Lunatic asylums Bombay report 1891-1903 - 1891-1903
Year: 1891
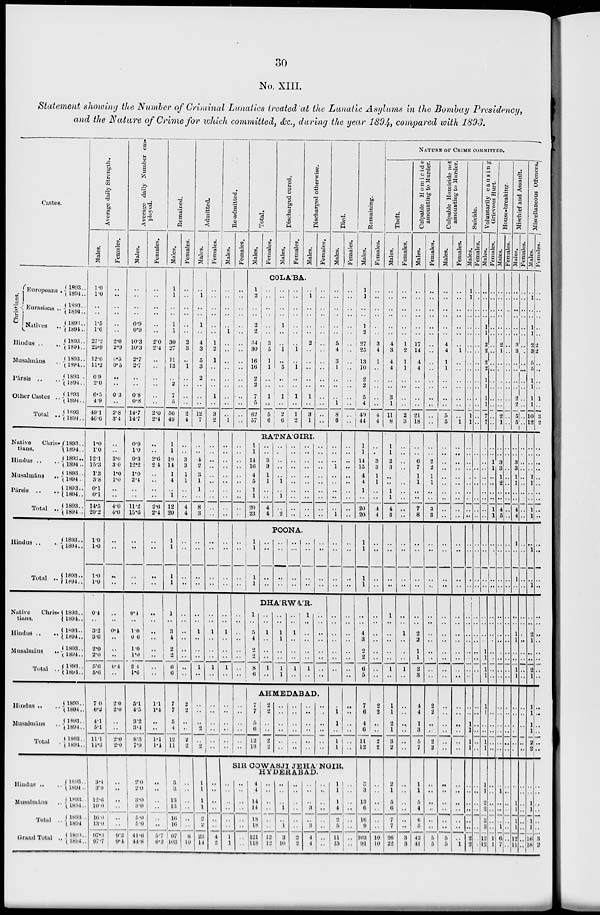
30
No. XIII.
Statement showing the Number of Criminal Lunatics treated at the Lunatic Asylums in the Bombay Presidency,
and the Nature of Crime for which committed, &c., during the year 1894, compared with 1893.
Castes.
Christians.
Europeans .
Eurasians ..
Natives
..
Hindus ..
..
Musalmáns ..
Pársis .. ..
Other Castes ..
Total ..
Native
Chris-
tians.
Hindus .. ..
Musalmáns
..
Pársis .. ..
Total
..
Hindus .. ..
Total ..
Native
Chris-
tians.
Hindus ..
..
Musalmáns
..
Total ..
Hindus .. ..
Musalmáns ..
Total ..
Hindus .. ..
Musalmáns ..
Total ..
Grand Total ..
1893..
1894..
1893..
1894..
1893..
1894..
1893..
1894..
1893..
1894..
1893..
1894..
1893
1894..
1893
1894..
1893..
1894..
1893..
1894 ..
1893..
1894 ..
1893..
1894..
1893..
1894 ..
1893..
1894 ..
1893 ..
1894 ..
1893 ..
1894 ..
1893 ..
1894 ..
1893..
1894..
1893 ..
1894..
1893..
1894..
1893..
1894..
1893..
1894..
1893..
1894 ..
1893 ..
1894 ..
1893 ..
1894 ..
1893 ..
1894 ..
Average daily Strength.
Males.
1.0
1.0
..
..
1.5
1.6
27.2
25.9
12.0
11.2
0.9
2.0
6.5
4.9
49.1
46.6
1.0
1.0
12.1
15.3
1.3
3.8
0.1
0.1
14.5
20.2
1.0
1.0
1.0
1.0
0.4
..
3.2
3.6
2.0
2.0
5.6
5.6
7.0
6.2
4.1
5.l
11.1
11.3
3.4
3.0
12.6
10.0
16.0
13.0
97.3
97.7
Females.
..
..
..
..
..
..
2.0
2.9
6.5
0.5
..
..
0.3
..
2.8
3.4
..
..
3.0
3.0
1.0
1.0
..
..
4.0
4.0
..
..
..
..
..
..
0.4
..
..
..
0.4
..
2.0
2.0
..
..
2.0
2.0
..
..
..
..
..
..
9.2
9.4
Average daily Number em-
ployed.
Males.
..
..
..
..
0.9
0.9
10.3
10.3
2.7
2.7
..
..
0.8
0.8
14.7
14.7
0.9
1.0
9.3
12.2
1.0
2.4
..
..
11.2
15.6
..
..
..
..
0.4
..
1.0
0.6
10
1.0
2 4
1.6
5.1
4.5
3.2
3.4
8.3
7.9
2.0
2.0
3.6
3.0
5.0
5.0
41.4
44.8
Females.
..
..
..
..
..
..
2.0
2.4
..
..
..
..
..
..
2.0
2.4
..
..
2.6
2.4
..
..
..
..
2.0
2.4
..
..
..
..
..
..
..
..
..
..
..
..
1.1
1.4
..
..
1.1
1.4
..
..
..
..
..
..
5.7
6.2
Remained.
Males.
1
1
..
..
1
1
30
27
11
13
..
2
7
5
50
49
1
1
10
14
1
4
..
1
12
20
1
1
1
1
1
..
3
4
2
2
6
6
7
7
5
4
12
11
3
3
13
13
16
16
97
103
Females.
..
..
..
..
..
..
2
3
..
1
..
..
..
..
2
4
..
..
3
3
1
1
..
..
4
4
..
..
..
..
..
..
..
..
..
..
..
..
2
2
..
..
2
2
..
..
..
..
..
..
8
10
Admitted.
Males.
..
1
..
..
1
..
4
3
5
3
2
..
..
..
12
7
..
..
4
2
3
1
1
..
8
3
..
..
..
..
..
..
1
..
..
..
1
..
..
..
..
2
..
2
1
1
1
1
2
2
23
14
Females.
..
..
..
..
..
..
1
2
1
..
..
..
1
..
3
2
..
..
..
..
..
..
..
..
..
..
..
..
..
..
..
..
1
..
..
..
1
..
..
..
..
..
..
..
..
..
..
..
..
..
4
14
Re-admitted.
Males.
..
..
..
..
..
1
..
..
..
..
..
..
..
..
..
1
..
..
..
..
..
..
..
..
..
..
..
..
..
..
..
..
1
..
..
..
1
..
..
..
..
..
..
..
Females.
..
..
..
..
..
..
..
..
..
..
..
..
..
..
..
..
..
..
..
..
..
..
..
..
..
..
..
..
..
..
..
..
..
..
..
..
..
..
..
..
..
..
..
..
Total.
Males.
Females.
Discharged cured.
Males.
Females.
Discharged otherwise.
Males.
Females.
COLA'BA.
1
2
..
..
2
2
34
30
16
16
2
2
7
5
62
57
..
..
..
..
..
..
3
5
1
1
..
..
1
..
5
6
..
..
..
..
1
..
..
1
..
5
..
..
1
..
2
6
..
..
..
..
..
..
..
1
..
1
..
..
1
..
1
2
..
1
..
..
..
..
2
..
..
..
..
..
1
..
3
1
..
..
..
..
..
..
..
..
..
..
..
..
..
..
..
..
RATNA'GIRI.
1
1
14
16
4
5
1
1
20
23
..
..
3
3
1
1
..
..
4
4
..
..
..
..
..
1
..
1
..
2
..
..
..
..
..
..
..
..
..
..
..
..
..
..
..
..
..
..
..
..
..
..
..
..
..
..
..
..
..
..
POONA.
1
1
1
1
..
..
..
..
..
..
..
..
..
..
..
..
..
..
..
..
..
..
..
..
DHA'RWA'R.
1
..
5
4
2
2
8
6
..
..
1
..
..
..
1
..
..
..
1
1
..
..
1
1
..
..
1
..
..
..
1
..
1
..
..
..
..
..
1
..
..
..
..
..
..
..
..
..
AHMEDABAD.
7
7
5
6
12
13
2
2
..
..
2
2
..
..
..
..
..
..
..
..
..
..
..
..
..
..
..
..
..
..
..
..
..
..
..
..
Died.
Males.
..
..
..
..
..
..
5
4
3
1
..
..
..
1
8
6
..
..
..
1
..
..
..
..
..
1
..
..
..
..
..
..
..
..
..
..
..
..
..
1
1
..
1
1
Females.
..
..
..
..
..
..
..
..
..
..
..
..
..
..
..
..
..
..
..
..
..
..
..
..
..
..
..
..
..
..
..
..
..
..
..
..
..
..
..
..
..
..
..
..
SIR COWASJI JEHA'NGIR,
HYDERABAD.
..
..
..
..
..
..
1
1
..
..
..
..
..
..
..
..
4
4
14
14
18
18
121
118
..
..
..
..
..
..
12
12
..
..
..
1
..
1
3
10
..
..
..
..
..
..
2
2
..
..
..
3
..
3
4
4
..
..
..
..
..
..
..
..
1
1
1
4
2
5
11
13
..
..
..
..
..
..
..
..
Remaining.
Males.
1
1
..
..
1
2
27
25
13
10
2
2
5
4
49
44
1
1
14
15
4
4
1
..
20
20
1
1
1
1
..
..
4
3
2
2
6
5
7
6
4
6
11
12
3
3
13
6
16
9
103
91
Females.
..
..
..
..
..
..
3
4
1
..
..
..
..
..
4
4
..
..
3
3
1
1
..
..
4
4
..
..
..
..
..
..
..
..
..
..
..
..
2
2
..
..
2
2
..
..
..
..
..
..
10
10
NATURE OF CRIME COMMITED.
Theft.
Males.
..
..
..
..
..
..
4
3
4
4
..
..
3
1
11
8
1
1
2
3
..
..
1
1
4
5
..
..
..
..
1
..
..
..
..
..
1
..
1
1
2
1
3
2
2
1
5
6
7
7
26
22
Females.
_______
..
..
..
..
..
..
1
2
1
1
..
..
..
..
2
3
..
..
..
..
..
..
..
..
..
..
..
..
..
..
..
..
1
..
..
..
1
..
..
..
..
..
..
..
..
..
..
..
..
..
3
3
Culpable Homicide
amounting to Murder.
Males.
..
..
..
..
..
..
17
14
4
4
..
..
..
..
21
18
..
..
6
7
1
1
..
..
7
8
..
..
..
..
..
..
2
2
1
1
3
3
4
4
1
3
5
7
1
1
5
4
6
5
42
41
Females.
..
..
..
..
..
..
..
..
..
..
..
..
..
..
..
..
..
..
2
2
1
1
..
..
3
3
..
..
..
..
..
..
..
..
..
..
..
..
2
2
..
..
2
2
..
..
..
..
..
..
5
5
Culpable Homicide not
amounting to Murder.
Males.
..
..
..
..
..
..
4
4
1
1
..
..
..
..
5
5
..
..
..
..
..
..
..
..
..
..
..
..
..
..
..
..
..
..
..
..
..
..
..
..
..
..
..
..
..
..
..
..
..
..
5
5
Females.
..
..
..
..
..
..
..
1
..
..
..
..
..
..
..
1
..
..
..
..
..
..
..
..
..
..
..
..
..
..
..
..
..
..
..
..
..
..
..
..
..
..
..
..
..
..
..
..
..
..
..
1
Suicide.
Males.
1
1
..
..
..
..
..
..
..
..
..
..
..
..
1
1
..
..
..
..
..
..
..
..
..
..
..
..
..
..
..
..
..
..
..
..
..
..
..
..
1
1
1
1
..
..
..
..
..
..
2
2
Females.
..
..
..
..
..
..
..
..
..
..
..
..
..
..
..
..
..
..
..
..
..
..
..
..
..
..
..
..
..
..
..
..
..
..
..
..
..
..
..
..
..
..
..
..
..
..
..
..
..
..
..
..
Voluntarily causing
Grievous Hurt.
Males.
..
..
..
..
1
1
2
2
2
2
1
1
1
1
7
7
..
..
..
..
..
..
..
..
..
..
..
..
..
..
..
..
..
..
1
1
1
1
1
1
..
..
1
1
1
1
2
2
3
3
12
12
Females.
..
..
..
..
..
..
..
..
..
..
..
..
..
..
..
..
..
..
1
1
..
..
..
..
1
1
..
..
..
..
..
..
..
..
..
..
..
..
..
..
..
..
..
..
..
..
..
..
..
..
1
1
House-breaking.
Males.
..
..
..
..
..
..
2
1
..
..
..
..
..
..
2
1
..
..
3
3
..
..
..
..
4
5
..
..
..
..
..
..
..
..
..
..
..
..
..
..
..
..
..
..
..
1
..
..
..
1
6
7
Females.
..
..
..
..
..
..
..
..
..
..
..
..
..
..
..
..
..
..
..
..
..
..
..
..
..
..
..
..
..
..
..
..
..
..
..
..
..
..
..
..
..
..
..
..
..
..
..
..
..
..
..
..
Mischief and Assault.
Males.
..
..
..
..
..
..
3
3
..
..
..
..
2
2
5
5
..
..
3
3
1
1
..
..
4
4
1
..
1
..
..
..
1
1
..
..
1
1
..
..
..
..
..
..
..
..
1
1
1
1
12
11
Females.
..
..
..
..
..
..
..
..
..
..
..
..
..
..
..
..
..
..
..
..
..
..
..
..
..
..
..
..
..
..
..
..
..
..
..
..
..
..
..
..
..
..
..
..
..
..
..
..
..
..
..
..
Miscellaneous Offences.
Males.
..
1
..
..
..
..
2
3
..
5
..
..
1
1
10
12
..
..
..
..
..
..
..
..
1
1
..
1
..
..
..
..
2
1
..
..
2
1
1
1
1
1
2
2
..
..
1
1
1
1
16
18
Females.
..
..
..
..
..
..
2
2
..
..
..
..
1
..
3
2
..
..
..
..
..
..
..
..
..
..
..
..
..
..
..
..
..
..
..
..
..
..
..
..
..
..
..
..
..
..
..
..
..
..
3
2